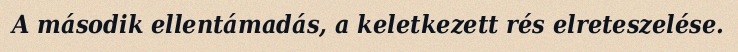
A második ellentámadás, a keletkezett rés elreteszelése.